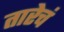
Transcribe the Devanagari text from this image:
तारेचं